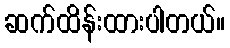
ဆက်ထိန်းထားပါတယ်။